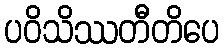
ပဝိသိဿတီတိပေ